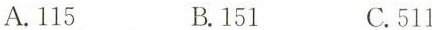
A. 115 B. 151 C. 511